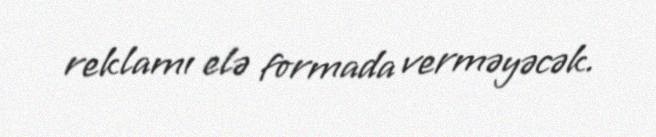
reklamı elə formada verməyəcək.